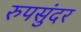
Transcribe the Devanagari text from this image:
रुपसुंदर